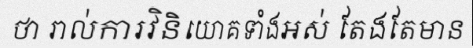
ថា រាល់ការវិនិយោគទាំងអស់ តែងតែមាន